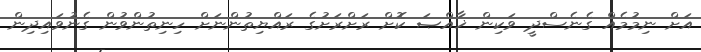
އަށް ނިމުމެއް ގެނެސްދީ ވަކިން ޚާއްޞަ ކޮށް ރަށްރަށުގެ ރައްޔިތުންނަށް ހިނިތުންވުން ގެނުވައިދިން